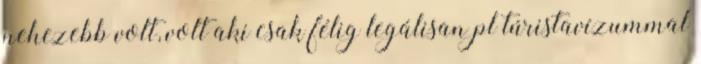
nehezebb volt, volt aki csak félig legálisan pl túristavízummal